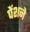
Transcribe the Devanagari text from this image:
पेंशने